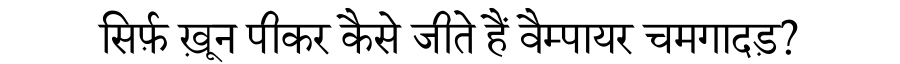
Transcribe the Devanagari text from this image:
सिर्फ़ ख़ून पीकर कैसे जीते हैं वैम्पायर चमगादड़?